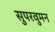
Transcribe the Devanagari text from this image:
सुपरवुमन